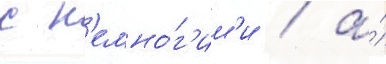
с н'емно́г'им'и / а́